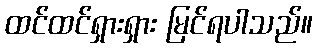
ထင်ထင်ရှားရှား မြင်ရပါသည်။